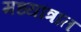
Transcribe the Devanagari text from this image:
मध्यांत्रात